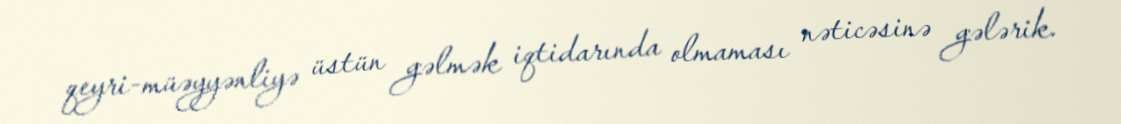
qeyri-müəyyənliyə üstün gəlmək iqtidarında olmaması nəticəsinə gələrik.